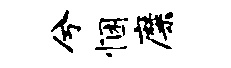
兮悃靡